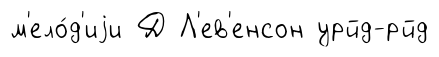
м'ело́д'иjи Д Л'ев'енсон урйд-рйд